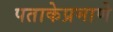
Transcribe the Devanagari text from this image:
पताकेप्रमाणे